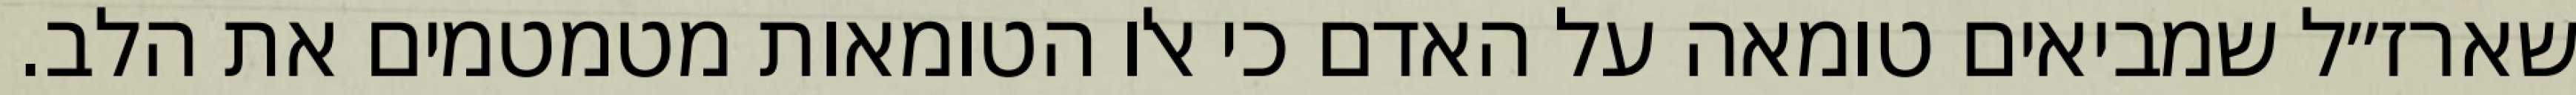
שארז״ל שמביאים טומאה על האדם כי אלו הטומאות מטמטמים את הלב.